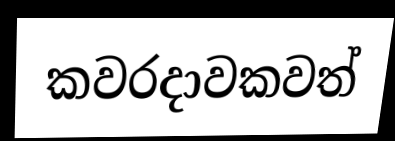
කවරදාවකවත්